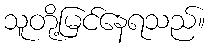
သူတို့မြင်နေရသည်။